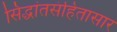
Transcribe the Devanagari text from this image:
सिद्धांतसंहितासार